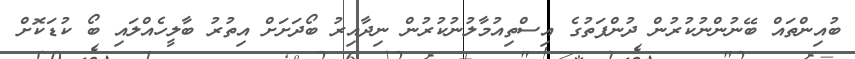
ބުއިންތައް ބޭނުންނުކުރުން ދުންފަތުގެ އިސްތިއުމާލުނުކުރުން ނިދާއިރު ބޯދަށަށް އިތުރު ބާލީހެއްލައި ބޯ ކުޑަކޮށް